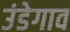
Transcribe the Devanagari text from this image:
उंडेगाव